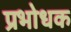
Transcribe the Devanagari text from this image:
प्रभोधक